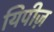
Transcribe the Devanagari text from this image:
यिपीज़